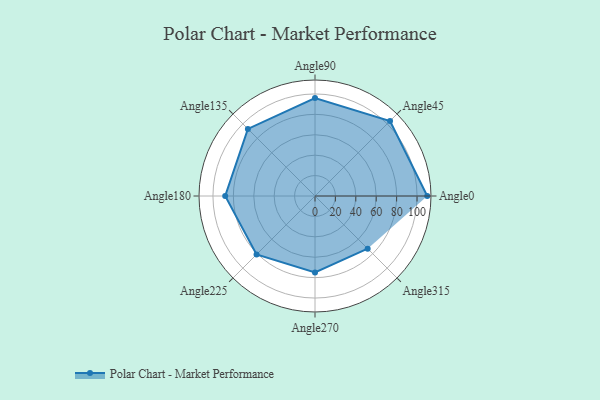
{"axis": {"x": "Angle", "y": "Radius"}, "legend": [""], "data": [{"x": "Angle0", "y": 110.0, "type": ""}, {"x": "Angle45", "y": 104.0, "type": ""}, {"x": "Angle90", "y": 96.0, "type": ""}, {"x": "Angle135", "y": 93.0, "type": ""}, {"x": "Angle180", "y": 88.0, "type": ""}, {"x": "Angle225", "y": 81.0, "type": ""}, {"x": "Angle270", "y": 75.0, "type": ""}, {"x": "Angle315", "y": 73.0, "type": ""}]}